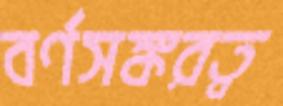
বর্ণসঙ্করত্ব